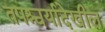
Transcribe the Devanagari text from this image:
तपश्चर्यादेखील